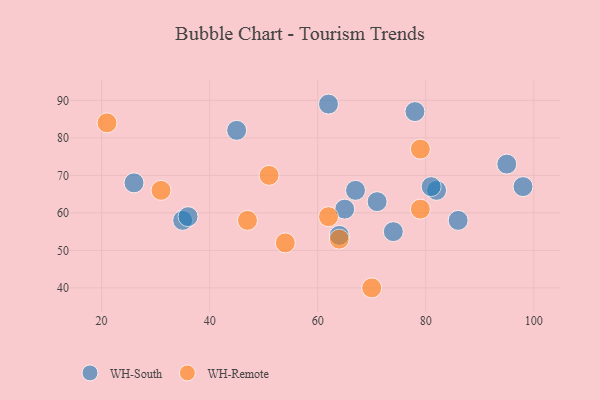
{"axis": {"x": "GDP", "y": "Life Expectancy"}, "legend": ["WH-Remote", "WH-South"], "data": [{"x": "26", "y": 68, "type": "WH-South"}, {"x": "82", "y": 66, "type": "WH-South"}, {"x": "81", "y": 67, "type": "WH-South"}, {"x": "64", "y": 54, "type": "WH-South"}, {"x": "74", "y": 55, "type": "WH-South"}, {"x": "98", "y": 67, "type": "WH-South"}, {"x": "45", "y": 82, "type": "WH-South"}, {"x": "71", "y": 63, "type": "WH-South"}, {"x": "86", "y": 58, "type": "WH-South"}, {"x": "65", "y": 61, "type": "WH-South"}, {"x": "62", "y": 89, "type": "WH-South"}, {"x": "95", "y": 73, "type": "WH-South"}, {"x": "78", "y": 87, "type": "WH-South"}, {"x": "35", "y": 58, "type": "WH-South"}, {"x": "36", "y": 59, "type": "WH-South"}, {"x": "67", "y": 66, "type": "WH-South"}, {"x": "79", "y": 77, "type": "WH-Remote"}, {"x": "70", "y": 40, "type": "WH-Remote"}, {"x": "47", "y": 58, "type": "WH-Remote"}, {"x": "31", "y": 66, "type": "WH-Remote"}, {"x": "51", "y": 70, "type": "WH-Remote"}, {"x": "54", "y": 52, "type": "WH-Remote"}, {"x": "62", "y": 59, "type": "WH-Remote"}, {"x": "79", "y": 61, "type": "WH-Remote"}, {"x": "21", "y": 84, "type": "WH-Remote"}, {"x": "64", "y": 53, "type": "WH-Remote"}]}